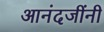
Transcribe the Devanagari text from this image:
आनंदजींनी